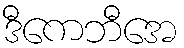
ဒီကေဘီအေ